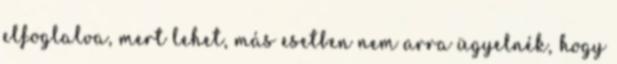
elfoglalva, mert lehet, más esetben nem arra ügyelnék, hogy